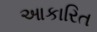
આકારિત